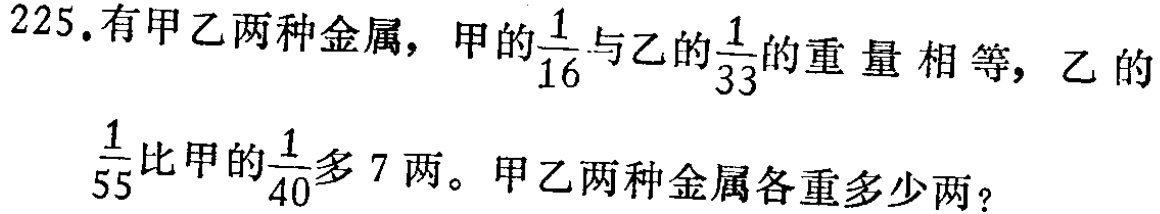
225.有甲乙两种金属，甲的$\frac{1}{16}$与乙的$\frac{1}{33}$的重量相等，乙的$\frac{1}{55}$比甲的$\frac{1}{40}$多 7两。甲乙两种金属各重多少两？